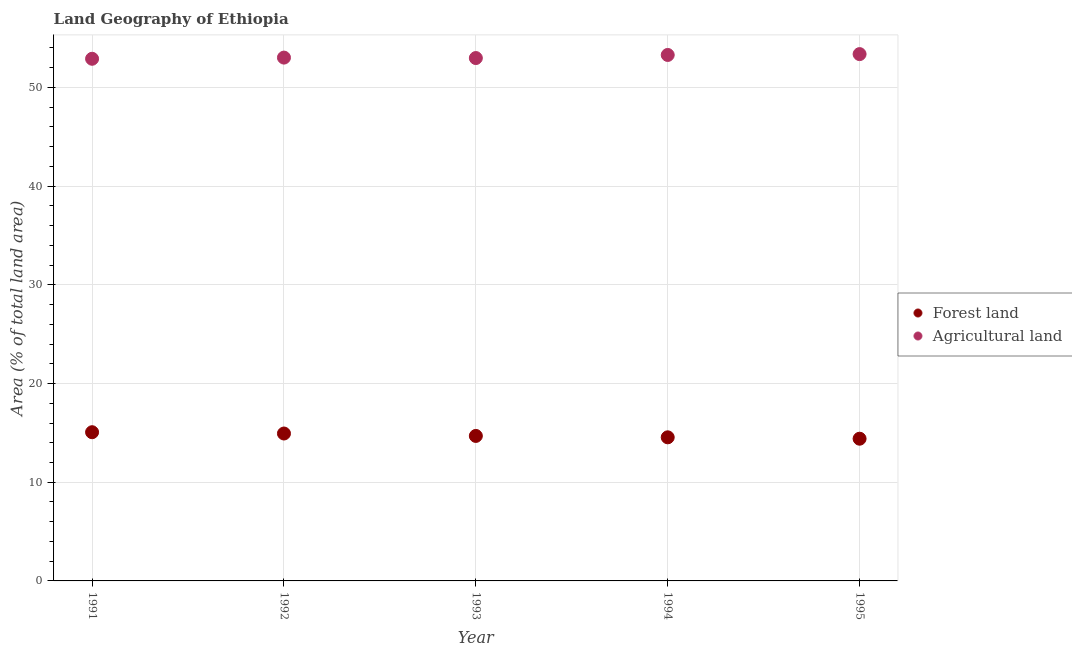
| Year | Forest land | Agricultural land |
 | --- | --- | --- |
 | 1991 | 15.1 | 52.9 |
 | 1992 | 14.9 | 53 |
 | 1993 | 14.7 | 53 |
 | 1994 | 14.6 | 53.3 |
 | 1995 | 14.4 | 53.4 |